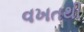
વખતથી